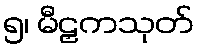
၅၊ မီဠှကသုတ်